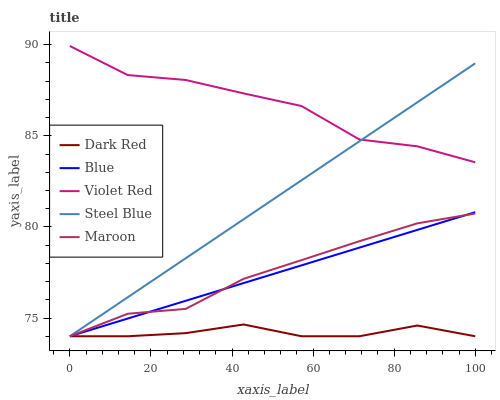
| xaxis_label | Dark Red | Blue | Violet Red | Steel Blue | Maroon |
 | --- | --- | --- | --- | --- | --- |
 | 0 | 74 | 74 | 89.9 | 74 | 74 |
 | 14.3 | 74 | 75 | 88.3 | 76.1 | 75.2 |
 | 28.6 | 74.2 | 75.9 | 88.1 | 78.3 | 75.5 |
 | 42.9 | 74.6 | 76.9 | 87.3 | 80.4 | 77.2 |
 | 57.1 | 74 | 77.9 | 86.6 | 82.6 | 78.2 |
 | 71.4 | 74 | 78.9 | 84.8 | 84.7 | 79.2 |
 | 85.7 | 74.6 | 79.8 | 84.4 | 86.8 | 80.2 |
 | 100 | 74 | 80.8 | 83.5 | 89 | 80.7 |